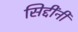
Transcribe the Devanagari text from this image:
सिद्दींनी